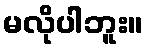
မလိုပါဘူး။